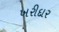
ખરીદાર